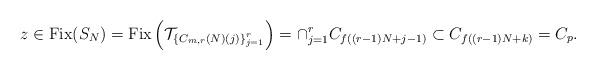
LaTeX: \begin{align*}z\in\mathrm{Fix}(S_{N})=\mathrm{Fix}\left(\mathcal{T}_{\left\{ C_{m,r}\left(N\right)\left(j\right)\right\} _{j=1}^{r}}\right)=\cap_{j=1}^{r}C_{f\left(\left(r-1\right)N+j-1\right)}\subset C_{f\left(\left(r-1\right)N+k\right)}=C_{p}.\end{align*}